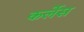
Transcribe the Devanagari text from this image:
कर्लेस